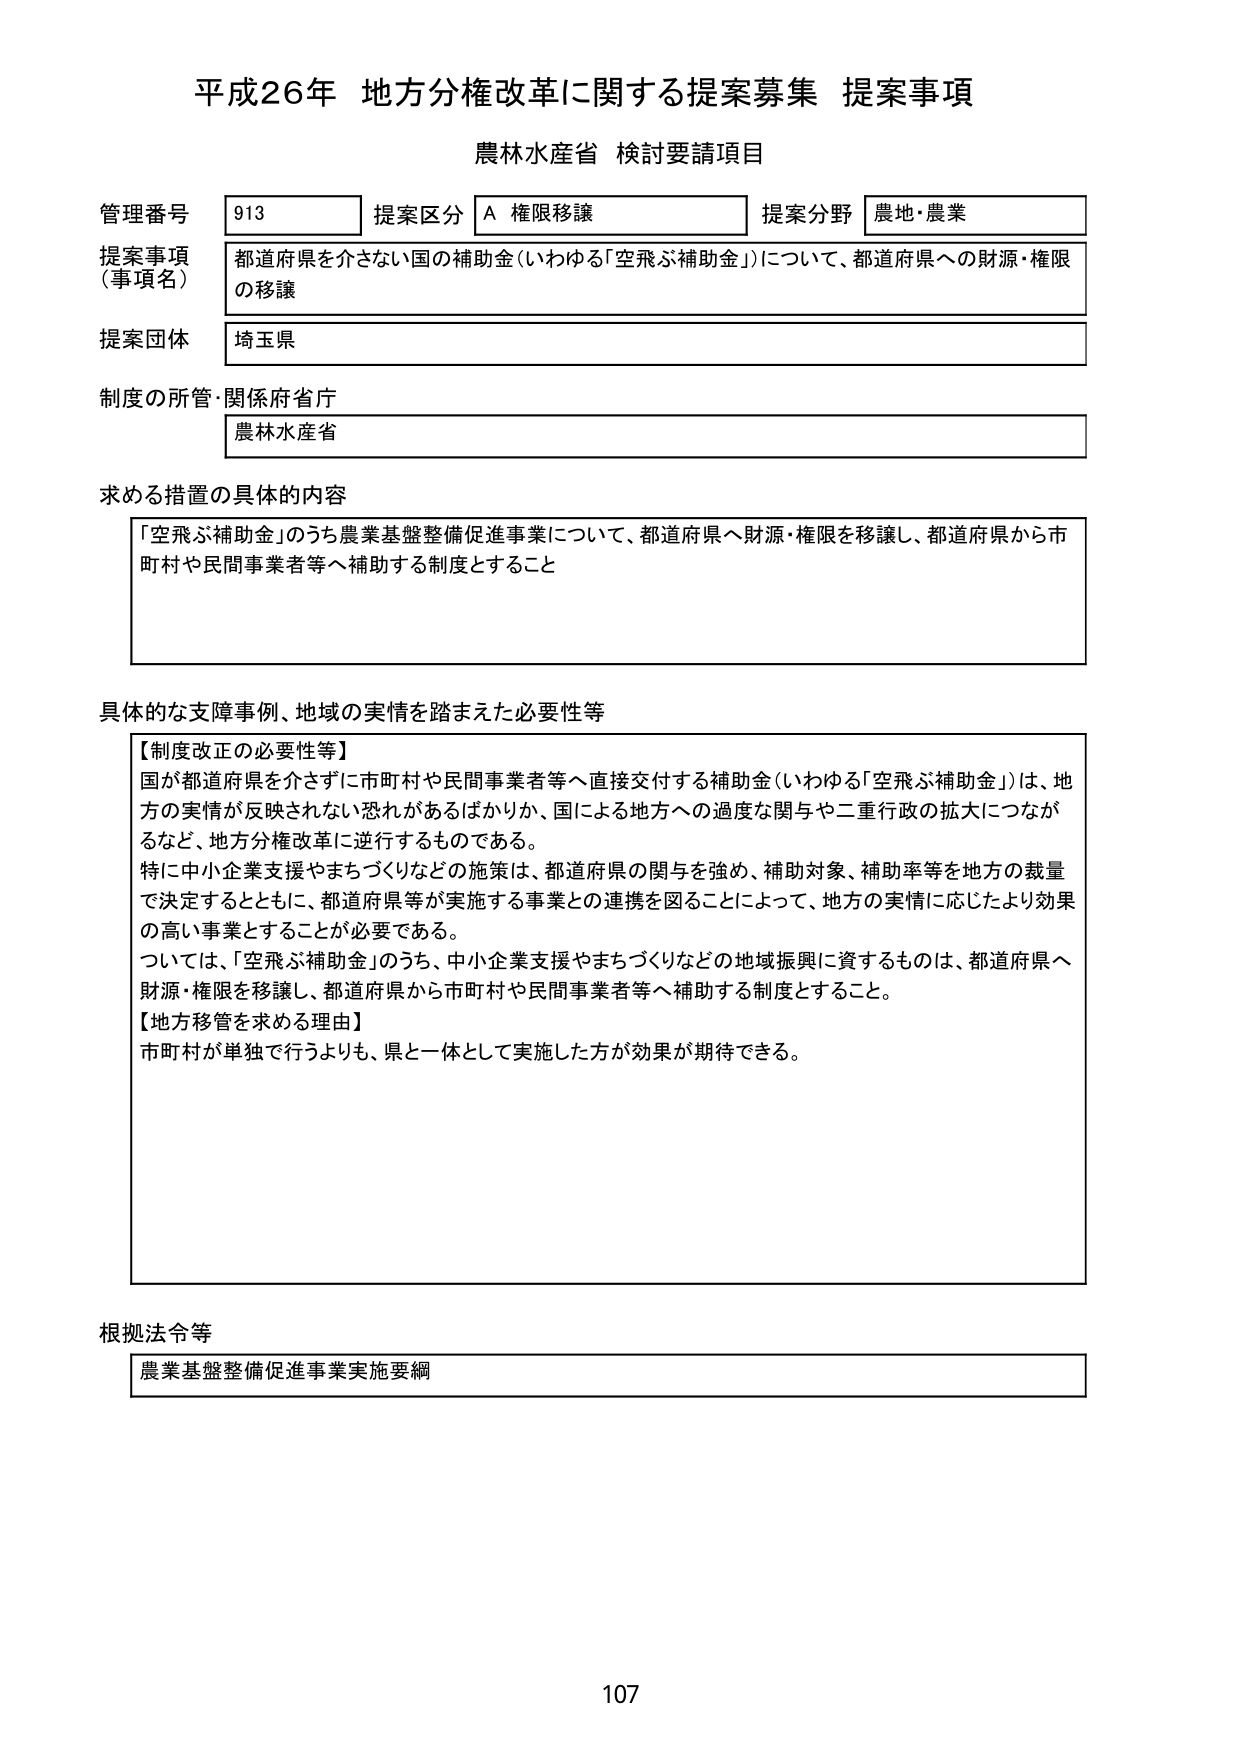
平成26年 地方分権改革に関する提案募集 提案事項
農林水産省 検討要請項目

管理番号 913 提案区分 A 権限移譲 提案分野 農地・農業
提案事項（事項名） 都道府県を介さない国の補助金（いわゆる「空飛ぶ補助金」）について、都道府県への財源・権限の移譲
提案団体 埼玉県
制度の所管・関係府省庁 農林水産省

求める措置の具体的な内容
「空飛ぶ補助金」のうち農業基盤整備促進事業について、都道府県へ財源・権限を移譲し、都道府県から市町村や民間事業者等へ補助する制度とすること

具体的な支障事例、地域の実情を踏まえた必要性等
【制度改正の必要性等】
国が都道府県を介さずに市町村や民間事業者等へ直接交付する補助金（いわゆる「空飛ぶ補助金」）は、地方の実情が反映されない恐れがあるばかりか、国による地方への過度な関与や二重行政の拡大につながるなど、地方分権改革に逆行するものである。
特に中小企業支援やまちづくりなどの施策は、都道府県の関与を強め、補助対象、補助率等を地方の裁量で決定するとともに、都道府県等が実施する事業との連携を図ることによって、地方の実情に応じたより効果の高い事業とすることが必要である。
ついては、「空飛ぶ補助金」のうち、中小企業支援やまちづくりなどの地域振興に資するものは、都道府県へ財源・権限を移譲し、都道府県から市町村や民間事業者等へ補助する制度とすること。
【地方移管を求める理由】
市町村が単独で行うよりも、県と一体として実施した方が効果が期待できる。

根拠法令等
農業基盤整備促進事業実施要綱

107